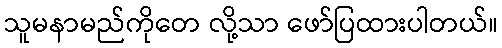
သူမနာမည်ကိုတေ လို့သာ ဖော်ပြထားပါတယ်။